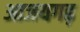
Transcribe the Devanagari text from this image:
आजयगढ़